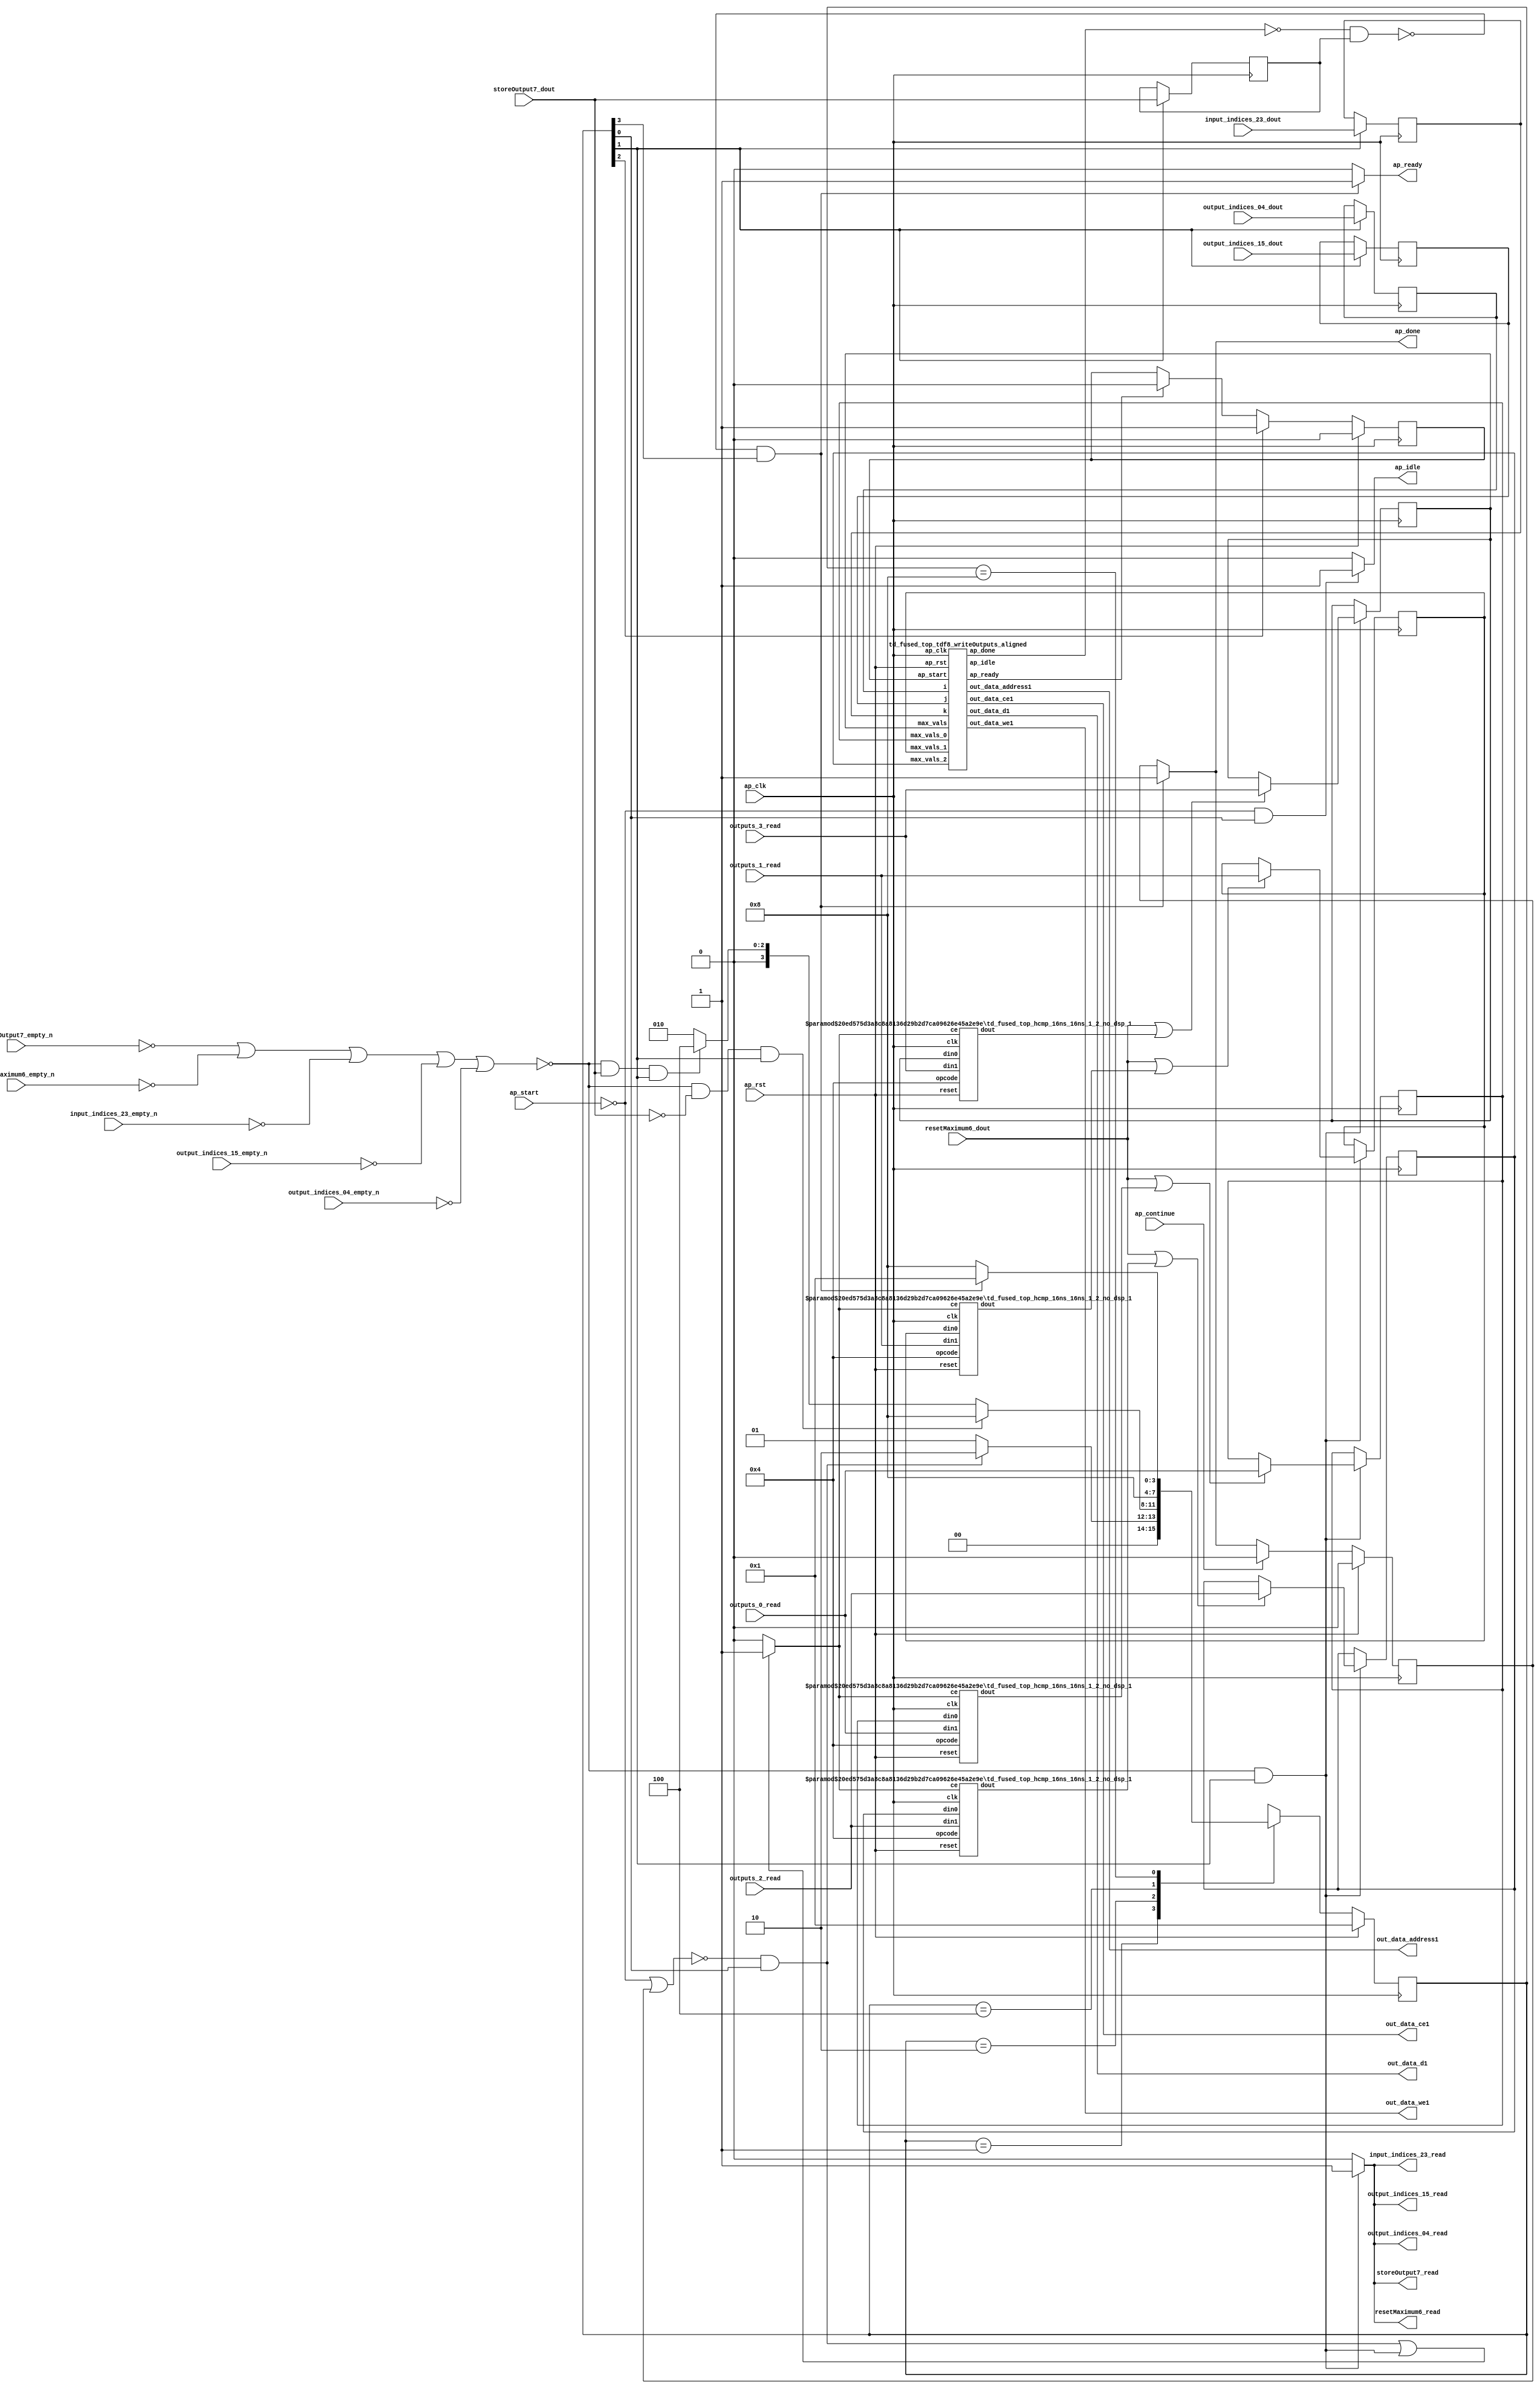
`define EXPONENT 5
`define MANTISSA 10
`define ACTUAL_MANTISSA 11
`define EXPONENT_LSB 10
`define EXPONENT_MSB 14
`define MANTISSA_LSB 0
`define MANTISSA_MSB 9
`define MANTISSA_MUL_SPLIT_LSB 3
`define MANTISSA_MUL_SPLIT_MSB 9
`define SIGN 1
`define SIGN_LOC 15
`define DWIDTH (`SIGN+`EXPONENT+`MANTISSA)
`define IEEE_COMPLIANCE 1

module td_fused_top_tdf8_poolOutputs (
        ap_clk,
        ap_rst,
        ap_start,
        ap_done,
        ap_continue,
        ap_idle,
        ap_ready,
        output_indices_04_dout,
        output_indices_04_empty_n,
        output_indices_04_read,
        output_indices_15_dout,
        output_indices_15_empty_n,
        output_indices_15_read,
        input_indices_23_dout,
        input_indices_23_empty_n,
        input_indices_23_read,
        resetMaximum6_dout,
        resetMaximum6_empty_n,
        resetMaximum6_read,
        storeOutput7_dout,
        storeOutput7_empty_n,
        storeOutput7_read,
        outputs_0_read,
        outputs_1_read,
        outputs_2_read,
        outputs_3_read,
        out_data_address1,
        out_data_ce1,
        out_data_we1,
        out_data_d1
);

parameter    ap_ST_fsm_state1 = 4'd1;
parameter    ap_ST_fsm_state2 = 4'd2;
parameter    ap_ST_fsm_state3 = 4'd4;
parameter    ap_ST_fsm_state4 = 4'd8;

input   ap_clk;
input   ap_rst;
input   ap_start;
output   ap_done;
input   ap_continue;
output   ap_idle;
output   ap_ready;
input  [3:0] output_indices_04_dout;
input   output_indices_04_empty_n;
output   output_indices_04_read;
input  [7:0] output_indices_15_dout;
input   output_indices_15_empty_n;
output   output_indices_15_read;
input  [7:0] input_indices_23_dout;
input   input_indices_23_empty_n;
output   input_indices_23_read;
input  [0:0] resetMaximum6_dout;
input   resetMaximum6_empty_n;
output   resetMaximum6_read;
input  [0:0] storeOutput7_dout;
input   storeOutput7_empty_n;
output   storeOutput7_read;
input  [15:0] outputs_0_read;
input  [15:0] outputs_1_read;
input  [15:0] outputs_2_read;
input  [15:0] outputs_3_read;
output  [13:0] out_data_address1;
output   out_data_ce1;
output   out_data_we1;
output  [63:0] out_data_d1;

reg ap_done;
reg ap_idle;
reg ap_ready;
reg output_indices_04_read;
reg output_indices_15_read;
reg input_indices_23_read;
reg resetMaximum6_read;
reg storeOutput7_read;

reg    ap_done_reg;
  reg   [3:0] ap_CS_fsm;
wire    ap_CS_fsm_state1;
reg   [15:0] max_vals_0;
reg   [15:0] max_vals_1;
reg   [15:0] max_vals_2;
reg   [15:0] max_vals;
reg    output_indices_04_blk_n;
wire    ap_CS_fsm_state2;
reg    output_indices_15_blk_n;
reg    input_indices_23_blk_n;
reg    resetMaximum6_blk_n;
reg    storeOutput7_blk_n;
reg   [3:0] output_indices_04_read_reg_279;
reg   [7:0] output_indices_15_read_reg_284;
reg   [7:0] input_indices_23_read_reg_289;
wire   [0:0] storeOutput7_read_read_fu_108_p2;
reg   [0:0] storeOutput7_read_reg_294;
wire    grp_tdf8_writeOutputs_aligned_fu_114_ap_start;
wire    grp_tdf8_writeOutputs_aligned_fu_114_ap_done;
wire    grp_tdf8_writeOutputs_aligned_fu_114_ap_idle;
wire    grp_tdf8_writeOutputs_aligned_fu_114_ap_ready;
wire   [13:0] grp_tdf8_writeOutputs_aligned_fu_114_out_data_address1;
wire    grp_tdf8_writeOutputs_aligned_fu_114_out_data_ce1;
wire    grp_tdf8_writeOutputs_aligned_fu_114_out_data_we1;
wire   [63:0] grp_tdf8_writeOutputs_aligned_fu_114_out_data_d1;
reg    grp_tdf8_writeOutputs_aligned_fu_114_ap_start_reg;
wire    ap_CS_fsm_state3;
wire    ap_CS_fsm_state4;
wire   [15:0] select_ln24_fu_177_p3;
reg    ap_block_state2;
wire   [15:0] select_ln24_1_fu_195_p3;
wire   [15:0] select_ln24_2_fu_213_p3;
wire   [15:0] select_ln24_3_fu_231_p3;
reg    ap_block_state1;
wire   [0:0] grp_fu_131_p2;
wire   [0:0] or_ln24_fu_171_p2;
wire   [0:0] grp_fu_136_p2;
wire   [0:0] or_ln24_1_fu_189_p2;
wire   [0:0] grp_fu_141_p2;
wire   [0:0] or_ln24_2_fu_207_p2;
wire   [0:0] grp_fu_146_p2;
wire   [0:0] or_ln24_3_fu_225_p2;
reg    grp_fu_131_ce;
reg    grp_fu_136_ce;
reg    grp_fu_141_ce;
reg    grp_fu_146_ce;
reg    ap_block_state4_on_subcall_done;
reg   [3:0] ap_NS_fsm;
wire    ap_ce_reg;

// power-on initialization
initial begin
#0 ap_done_reg = 1'b0;
#0 ap_CS_fsm = 4'd1;
#0 max_vals_0 = 16'd0;
#0 max_vals_1 = 16'd0;
#0 max_vals_2 = 16'd0;
#0 max_vals = 16'd0;
#0 grp_tdf8_writeOutputs_aligned_fu_114_ap_start_reg = 1'b0;
end

td_fused_top_tdf8_writeOutputs_aligned grp_tdf8_writeOutputs_aligned_fu_114(
    .ap_clk(ap_clk),
    .ap_rst(ap_rst),
    .ap_start(grp_tdf8_writeOutputs_aligned_fu_114_ap_start),
    .ap_done(grp_tdf8_writeOutputs_aligned_fu_114_ap_done),
    .ap_idle(grp_tdf8_writeOutputs_aligned_fu_114_ap_idle),
    .ap_ready(grp_tdf8_writeOutputs_aligned_fu_114_ap_ready),
    .i(output_indices_04_read_reg_279),
    .j(output_indices_15_read_reg_284),
    .k(input_indices_23_read_reg_289),
    .out_data_address1(grp_tdf8_writeOutputs_aligned_fu_114_out_data_address1),
    .out_data_ce1(grp_tdf8_writeOutputs_aligned_fu_114_out_data_ce1),
    .out_data_we1(grp_tdf8_writeOutputs_aligned_fu_114_out_data_we1),
    .out_data_d1(grp_tdf8_writeOutputs_aligned_fu_114_out_data_d1),
    .max_vals_0(max_vals_0),
    .max_vals_1(max_vals_1),
    .max_vals_2(max_vals_2),
    .max_vals(max_vals)
);

td_fused_top_hcmp_16ns_16ns_1_2_no_dsp_1 #(
    .ID( 1 ),
    .NUM_STAGE( 2 ),
    .din0_WIDTH( 16 ),
    .din1_WIDTH( 16 ),
    .dout_WIDTH( 1 ))
hcmp_16ns_16ns_1_2_no_dsp_1_U1266(
    .clk(ap_clk),
    .reset(ap_rst),
    .ce(grp_fu_131_ce),
    .din0(max_vals_0),
    .din1(outputs_0_read),
    .opcode(5'd4),
    .dout(grp_fu_131_p2)
);

td_fused_top_hcmp_16ns_16ns_1_2_no_dsp_1 #(
    .ID( 1 ),
    .NUM_STAGE( 2 ),
    .din0_WIDTH( 16 ),
    .din1_WIDTH( 16 ),
    .dout_WIDTH( 1 ))
hcmp_16ns_16ns_1_2_no_dsp_1_U1267(
    .clk(ap_clk),
    .reset(ap_rst),
    .ce(grp_fu_136_ce),
    .din0(max_vals_1),
    .din1(outputs_1_read),
    .opcode(5'd4),
    .dout(grp_fu_136_p2)
);

td_fused_top_hcmp_16ns_16ns_1_2_no_dsp_1 #(
    .ID( 1 ),
    .NUM_STAGE( 2 ),
    .din0_WIDTH( 16 ),
    .din1_WIDTH( 16 ),
    .dout_WIDTH( 1 ))
hcmp_16ns_16ns_1_2_no_dsp_1_U1268(
    .clk(ap_clk),
    .reset(ap_rst),
    .ce(grp_fu_141_ce),
    .din0(max_vals_2),
    .din1(outputs_2_read),
    .opcode(5'd4),
    .dout(grp_fu_141_p2)
);

td_fused_top_hcmp_16ns_16ns_1_2_no_dsp_1 #(
    .ID( 1 ),
    .NUM_STAGE( 2 ),
    .din0_WIDTH( 16 ),
    .din1_WIDTH( 16 ),
    .dout_WIDTH( 1 ))
hcmp_16ns_16ns_1_2_no_dsp_1_U1269(
    .clk(ap_clk),
    .reset(ap_rst),
    .ce(grp_fu_146_ce),
    .din0(max_vals),
    .din1(outputs_3_read),
    .opcode(5'd4),
    .dout(grp_fu_146_p2)
);

always @ (posedge ap_clk) begin
    if (ap_rst == 1'b1) begin
        ap_CS_fsm <= ap_ST_fsm_state1;
    end else begin
        ap_CS_fsm <= ap_NS_fsm;
    end
end

always @ (posedge ap_clk) begin
    if (ap_rst == 1'b1) begin
        ap_done_reg <= 1'b0;
    end else begin
        if ((ap_continue == 1'b1)) begin
            ap_done_reg <= 1'b0;
        end else if (((1'b0 == ap_block_state4_on_subcall_done) & (1'b1 == ap_CS_fsm_state4))) begin
            ap_done_reg <= 1'b1;
        end
    end
end

always @ (posedge ap_clk) begin
    if (ap_rst == 1'b1) begin
        grp_tdf8_writeOutputs_aligned_fu_114_ap_start_reg <= 1'b0;
    end else begin
        if ((1'b1 == ap_CS_fsm_state3)) begin
            grp_tdf8_writeOutputs_aligned_fu_114_ap_start_reg <= 1'b1;
        end else if ((grp_tdf8_writeOutputs_aligned_fu_114_ap_ready == 1'b1)) begin
            grp_tdf8_writeOutputs_aligned_fu_114_ap_start_reg <= 1'b0;
        end
    end
end

always @ (posedge ap_clk) begin
    if ((1'b1 == ap_CS_fsm_state2)) begin
        input_indices_23_read_reg_289 <= input_indices_23_dout;
        output_indices_04_read_reg_279 <= output_indices_04_dout;
        output_indices_15_read_reg_284 <= output_indices_15_dout;
        storeOutput7_read_reg_294 <= storeOutput7_dout;
    end
end

always @ (posedge ap_clk) begin
    if ((~((storeOutput7_empty_n == 1'b0) | (resetMaximum6_empty_n == 1'b0) | (input_indices_23_empty_n == 1'b0) | (output_indices_15_empty_n == 1'b0) | (output_indices_04_empty_n == 1'b0)) & (1'b1 == ap_CS_fsm_state2))) begin
        max_vals <= select_ln24_3_fu_231_p3;
        max_vals_0 <= select_ln24_fu_177_p3;
        max_vals_1 <= select_ln24_1_fu_195_p3;
        max_vals_2 <= select_ln24_2_fu_213_p3;
    end
end

always @ (*) begin
    if (((1'b0 == ap_block_state4_on_subcall_done) & (1'b1 == ap_CS_fsm_state4))) begin
        ap_done = 1'b1;
    end else begin
        ap_done = ap_done_reg;
    end
end

always @ (*) begin
    if (((ap_start == 1'b0) & (1'b1 == ap_CS_fsm_state1))) begin
        ap_idle = 1'b1;
    end else begin
        ap_idle = 1'b0;
    end
end

always @ (*) begin
    if (((1'b0 == ap_block_state4_on_subcall_done) & (1'b1 == ap_CS_fsm_state4))) begin
        ap_ready = 1'b1;
    end else begin
        ap_ready = 1'b0;
    end
end

always @ (*) begin
    if (((~((ap_start == 1'b0) | (ap_done_reg == 1'b1)) & (1'b1 == ap_CS_fsm_state1)) | (~((storeOutput7_empty_n == 1'b0) | (resetMaximum6_empty_n == 1'b0) | (input_indices_23_empty_n == 1'b0) | (output_indices_15_empty_n == 1'b0) | (output_indices_04_empty_n == 1'b0)) & (1'b1 == ap_CS_fsm_state2)))) begin
        grp_fu_131_ce = 1'b1;
    end else begin
        grp_fu_131_ce = 1'b0;
    end
end

always @ (*) begin
    if (((~((ap_start == 1'b0) | (ap_done_reg == 1'b1)) & (1'b1 == ap_CS_fsm_state1)) | (~((storeOutput7_empty_n == 1'b0) | (resetMaximum6_empty_n == 1'b0) | (input_indices_23_empty_n == 1'b0) | (output_indices_15_empty_n == 1'b0) | (output_indices_04_empty_n == 1'b0)) & (1'b1 == ap_CS_fsm_state2)))) begin
        grp_fu_136_ce = 1'b1;
    end else begin
        grp_fu_136_ce = 1'b0;
    end
end

always @ (*) begin
    if (((~((ap_start == 1'b0) | (ap_done_reg == 1'b1)) & (1'b1 == ap_CS_fsm_state1)) | (~((storeOutput7_empty_n == 1'b0) | (resetMaximum6_empty_n == 1'b0) | (input_indices_23_empty_n == 1'b0) | (output_indices_15_empty_n == 1'b0) | (output_indices_04_empty_n == 1'b0)) & (1'b1 == ap_CS_fsm_state2)))) begin
        grp_fu_141_ce = 1'b1;
    end else begin
        grp_fu_141_ce = 1'b0;
    end
end

always @ (*) begin
    if (((~((ap_start == 1'b0) | (ap_done_reg == 1'b1)) & (1'b1 == ap_CS_fsm_state1)) | (~((storeOutput7_empty_n == 1'b0) | (resetMaximum6_empty_n == 1'b0) | (input_indices_23_empty_n == 1'b0) | (output_indices_15_empty_n == 1'b0) | (output_indices_04_empty_n == 1'b0)) & (1'b1 == ap_CS_fsm_state2)))) begin
        grp_fu_146_ce = 1'b1;
    end else begin
        grp_fu_146_ce = 1'b0;
    end
end

always @ (*) begin
    if ((1'b1 == ap_CS_fsm_state2)) begin
        input_indices_23_blk_n = input_indices_23_empty_n;
    end else begin
        input_indices_23_blk_n = 1'b1;
    end
end

always @ (*) begin
    if ((~((storeOutput7_empty_n == 1'b0) | (resetMaximum6_empty_n == 1'b0) | (input_indices_23_empty_n == 1'b0) | (output_indices_15_empty_n == 1'b0) | (output_indices_04_empty_n == 1'b0)) & (1'b1 == ap_CS_fsm_state2))) begin
        input_indices_23_read = 1'b1;
    end else begin
        input_indices_23_read = 1'b0;
    end
end

always @ (*) begin
    if ((1'b1 == ap_CS_fsm_state2)) begin
        output_indices_04_blk_n = output_indices_04_empty_n;
    end else begin
        output_indices_04_blk_n = 1'b1;
    end
end

always @ (*) begin
    if ((~((storeOutput7_empty_n == 1'b0) | (resetMaximum6_empty_n == 1'b0) | (input_indices_23_empty_n == 1'b0) | (output_indices_15_empty_n == 1'b0) | (output_indices_04_empty_n == 1'b0)) & (1'b1 == ap_CS_fsm_state2))) begin
        output_indices_04_read = 1'b1;
    end else begin
        output_indices_04_read = 1'b0;
    end
end

always @ (*) begin
    if ((1'b1 == ap_CS_fsm_state2)) begin
        output_indices_15_blk_n = output_indices_15_empty_n;
    end else begin
        output_indices_15_blk_n = 1'b1;
    end
end

always @ (*) begin
    if ((~((storeOutput7_empty_n == 1'b0) | (resetMaximum6_empty_n == 1'b0) | (input_indices_23_empty_n == 1'b0) | (output_indices_15_empty_n == 1'b0) | (output_indices_04_empty_n == 1'b0)) & (1'b1 == ap_CS_fsm_state2))) begin
        output_indices_15_read = 1'b1;
    end else begin
        output_indices_15_read = 1'b0;
    end
end

always @ (*) begin
    if ((1'b1 == ap_CS_fsm_state2)) begin
        resetMaximum6_blk_n = resetMaximum6_empty_n;
    end else begin
        resetMaximum6_blk_n = 1'b1;
    end
end

always @ (*) begin
    if ((~((storeOutput7_empty_n == 1'b0) | (resetMaximum6_empty_n == 1'b0) | (input_indices_23_empty_n == 1'b0) | (output_indices_15_empty_n == 1'b0) | (output_indices_04_empty_n == 1'b0)) & (1'b1 == ap_CS_fsm_state2))) begin
        resetMaximum6_read = 1'b1;
    end else begin
        resetMaximum6_read = 1'b0;
    end
end

always @ (*) begin
    if ((1'b1 == ap_CS_fsm_state2)) begin
        storeOutput7_blk_n = storeOutput7_empty_n;
    end else begin
        storeOutput7_blk_n = 1'b1;
    end
end

always @ (*) begin
    if ((~((storeOutput7_empty_n == 1'b0) | (resetMaximum6_empty_n == 1'b0) | (input_indices_23_empty_n == 1'b0) | (output_indices_15_empty_n == 1'b0) | (output_indices_04_empty_n == 1'b0)) & (1'b1 == ap_CS_fsm_state2))) begin
        storeOutput7_read = 1'b1;
    end else begin
        storeOutput7_read = 1'b0;
    end
end

always @ (*) begin
    case (ap_CS_fsm)
        ap_ST_fsm_state1 : begin
            if ((~((ap_start == 1'b0) | (ap_done_reg == 1'b1)) & (1'b1 == ap_CS_fsm_state1))) begin
                ap_NS_fsm = ap_ST_fsm_state2;
            end else begin
                ap_NS_fsm = ap_ST_fsm_state1;
            end
        end
        ap_ST_fsm_state2 : begin
            if ((~((storeOutput7_empty_n == 1'b0) | (resetMaximum6_empty_n == 1'b0) | (input_indices_23_empty_n == 1'b0) | (output_indices_15_empty_n == 1'b0) | (output_indices_04_empty_n == 1'b0)) & (storeOutput7_read_read_fu_108_p2 == 1'd0) & (1'b1 == ap_CS_fsm_state2))) begin
                ap_NS_fsm = ap_ST_fsm_state4;
            end else if ((~((storeOutput7_empty_n == 1'b0) | (resetMaximum6_empty_n == 1'b0) | (input_indices_23_empty_n == 1'b0) | (output_indices_15_empty_n == 1'b0) | (output_indices_04_empty_n == 1'b0)) & (storeOutput7_read_read_fu_108_p2 == 1'd1) & (1'b1 == ap_CS_fsm_state2))) begin
                ap_NS_fsm = ap_ST_fsm_state3;
            end else begin
                ap_NS_fsm = ap_ST_fsm_state2;
            end
        end
        ap_ST_fsm_state3 : begin
            ap_NS_fsm = ap_ST_fsm_state4;
        end
        ap_ST_fsm_state4 : begin
            if (((1'b0 == ap_block_state4_on_subcall_done) & (1'b1 == ap_CS_fsm_state4))) begin
                ap_NS_fsm = ap_ST_fsm_state1;
            end else begin
                ap_NS_fsm = ap_ST_fsm_state4;
            end
        end
        default : begin
            ap_NS_fsm = 'bx;
        end
    endcase
end

assign ap_CS_fsm_state1 = ap_CS_fsm[32'd0];

assign ap_CS_fsm_state2 = ap_CS_fsm[32'd1];

assign ap_CS_fsm_state3 = ap_CS_fsm[32'd2];

assign ap_CS_fsm_state4 = ap_CS_fsm[32'd3];

always @ (*) begin
    ap_block_state1 = ((ap_start == 1'b0) | (ap_done_reg == 1'b1));
end

always @ (*) begin
    ap_block_state2 = ((storeOutput7_empty_n == 1'b0) | (resetMaximum6_empty_n == 1'b0) | (input_indices_23_empty_n == 1'b0) | (output_indices_15_empty_n == 1'b0) | (output_indices_04_empty_n == 1'b0));
end

always @ (*) begin
    ap_block_state4_on_subcall_done = ((grp_tdf8_writeOutputs_aligned_fu_114_ap_done == 1'b0) & (storeOutput7_read_reg_294 == 1'd1));
end

assign grp_tdf8_writeOutputs_aligned_fu_114_ap_start = grp_tdf8_writeOutputs_aligned_fu_114_ap_start_reg;

assign or_ln24_1_fu_189_p2 = (resetMaximum6_dout | grp_fu_136_p2);

assign or_ln24_2_fu_207_p2 = (resetMaximum6_dout | grp_fu_141_p2);

assign or_ln24_3_fu_225_p2 = (resetMaximum6_dout | grp_fu_146_p2);

assign or_ln24_fu_171_p2 = (resetMaximum6_dout | grp_fu_131_p2);

assign out_data_address1 = grp_tdf8_writeOutputs_aligned_fu_114_out_data_address1;

assign out_data_ce1 = grp_tdf8_writeOutputs_aligned_fu_114_out_data_ce1;

assign out_data_d1 = grp_tdf8_writeOutputs_aligned_fu_114_out_data_d1;

assign out_data_we1 = grp_tdf8_writeOutputs_aligned_fu_114_out_data_we1;

assign select_ln24_1_fu_195_p3 = ((or_ln24_1_fu_189_p2[0:0] == 1'b1) ? outputs_1_read : max_vals_1);

assign select_ln24_2_fu_213_p3 = ((or_ln24_2_fu_207_p2[0:0] == 1'b1) ? outputs_2_read : max_vals_2);

assign select_ln24_3_fu_231_p3 = ((or_ln24_3_fu_225_p2[0:0] == 1'b1) ? outputs_3_read : max_vals);

assign select_ln24_fu_177_p3 = ((or_ln24_fu_171_p2[0:0] == 1'b1) ? outputs_0_read : max_vals_0);

assign storeOutput7_read_read_fu_108_p2 = storeOutput7_dout;

endmodule //td_fused_top_tdf8_poolOutputs
module td_fused_top_hcmp_16ns_16ns_1_2_no_dsp_1
#(parameter
    ID         = 137,
    NUM_STAGE  = 2,
    din0_WIDTH = 16,
    din1_WIDTH = 16,
    dout_WIDTH = 1
)(
    input  wire                  clk,
    input  wire                  reset,
    input  wire                  ce,
    input  wire [din0_WIDTH-1:0] din0,
    input  wire [din1_WIDTH-1:0] din1,
    input  wire [4:0]            opcode,
    output wire [dout_WIDTH-1:0] dout
);
//------------------------Parameter----------------------
// AutoESL opcode
localparam [4:0]
    AP_OEQ = 5'b00001,
    AP_OGT = 5'b00010,
    AP_OGE = 5'b00011,
    AP_OLT = 5'b00100,
    AP_OLE = 5'b00101,
    AP_ONE = 5'b00110,
    AP_UNO = 5'b01000;
// FPV6 opcode
localparam [7:0]
    OP_EQ = 8'b00010100,
    OP_GT = 8'b00100100,
    OP_GE = 8'b00110100,
    OP_LT = 8'b00001100,
    OP_LE = 8'b00011100,
    OP_NE = 8'b00101100,
    OP_UO = 8'b00000100;
//------------------------Local signal-------------------
wire                  a_tvalid;
wire [15:0]           a_tdata;
wire                  b_tvalid;
wire [15:0]           b_tdata;
wire                  op_tvalid;
reg  [7:0]            op_tdata;
wire                  r_tvalid;
wire [7:0]            r_tdata;
reg  [din0_WIDTH-1:0] din0_buf1;
reg  [din1_WIDTH-1:0] din1_buf1;
reg  [4:0]            opcode_buf1;
reg                   ce_r;
wire [dout_WIDTH-1:0] dout_i;
reg  [dout_WIDTH-1:0] dout_r;
//------------------------Instantiation------------------
td_fused_top_ap_hcmp_0_no_dsp_16 td_fused_top_ap_hcmp_0_no_dsp_16_u (
    .s_axis_a_tvalid         ( a_tvalid ),
    .s_axis_a_tdata          ( a_tdata ),
    .s_axis_b_tvalid         ( b_tvalid ),
    .s_axis_b_tdata          ( b_tdata ),
    .s_axis_operation_tvalid ( op_tvalid ),
    .s_axis_operation_tdata  ( op_tdata ),
    .m_axis_result_tvalid    ( r_tvalid ),
    .m_axis_result_tdata     ( r_tdata )
);
//------------------------Body---------------------------
assign a_tvalid  = 1'b1;
assign a_tdata   = din0_buf1;
assign b_tvalid  = 1'b1;
assign b_tdata   = din1_buf1;
assign op_tvalid = 1'b1;
assign dout_i    = r_tdata[0];

always @(*) begin
    case (opcode_buf1)
        AP_OEQ  : op_tdata = OP_EQ;
        AP_OGT  : op_tdata = OP_GT;
        AP_OGE  : op_tdata = OP_GE;
        AP_OLT  : op_tdata = OP_LT;
        AP_OLE  : op_tdata = OP_LE;
        AP_ONE  : op_tdata = OP_NE;
        AP_UNO  : op_tdata = OP_UO;
        default : op_tdata = OP_EQ;
    endcase
end

always @(posedge clk) begin
    if (ce) begin
        din0_buf1   <= din0;
        din1_buf1   <= din1;
        opcode_buf1 <= opcode;
    end
end

always @ (posedge clk) begin
    ce_r <= ce;
end

always @ (posedge clk) begin
    if (ce_r) begin
        dout_r <= dout_i;
    end
end

assign dout = ce_r?dout_i:dout_r;
endmodule
module td_fused_top_ap_hcmp_0_no_dsp_16 (
   input  wire        s_axis_a_tvalid,
   input  wire [15:0] s_axis_a_tdata,
   input  wire        s_axis_b_tvalid,
   input  wire [15:0] s_axis_b_tdata,
   input  wire        s_axis_operation_tvalid,
   input  wire [7:0]  s_axis_operation_tdata,
   output wire        m_axis_result_tvalid,
   output wire [7:0]  m_axis_result_tdata
);
   // TEMP - compare module not yet ready
   // In the meantime, negate operand B, add them
   // together, and return the sign bit of the result.
   wire [15:0] b_negative;
   wire [15:0] result;
   assign b_negative = {~s_axis_b_tdata[15], s_axis_b_tdata[14:0]};

`ifdef complex_dsp
   adder_fp u_add_fp (
      .a(s_axis_a_tdata), 
      .b(b_negative), 
      .out(result)
   );
`else
FPAddSub u_FPAddSub_2 (.clk(), .rst(1'b0), .a(s_axis_a_tdata), .b(b_negative), .operation(1'b0), .result(result), .flags());
`endif

   assign m_axis_result_tdata = {7'b0, result[15]};
endmodule
module td_fused_top_tdf8_writeOutputs_aligned (
        ap_clk,
        ap_rst,
        ap_start,
        ap_done,
        ap_idle,
        ap_ready,
        i,
        j,
        k,
        out_data_address1,
        out_data_ce1,
        out_data_we1,
        out_data_d1,
        max_vals_0,
        max_vals_1,
        max_vals_2,
        max_vals
);

parameter    ap_ST_fsm_state1 = 2'd1;
parameter    ap_ST_fsm_state2 = 2'd2;

input   ap_clk;
input   ap_rst;
input   ap_start;
output   ap_done;
output   ap_idle;
output   ap_ready;
input  [3:0] i;
input  [7:0] j;
input  [7:0] k;
output  [13:0] out_data_address1;
output   out_data_ce1;
output   out_data_we1;
output  [63:0] out_data_d1;
input  [15:0] max_vals_0;
input  [15:0] max_vals_1;
input  [15:0] max_vals_2;
input  [15:0] max_vals;

reg ap_done;
reg ap_idle;
reg ap_ready;
reg out_data_ce1;
reg out_data_we1;

  reg   [1:0] ap_CS_fsm;
wire    ap_CS_fsm_state1;
wire   [7:0] add_ln123_fu_105_p2;
reg   [7:0] add_ln123_reg_178;
wire   [63:0] zext_ln123_2_fu_132_p1;
wire    ap_CS_fsm_state2;
wire   [4:0] tmp_8_fu_87_p3;
wire   [7:0] tmp_fu_79_p3;
wire   [7:0] zext_ln123_fu_95_p1;
wire   [7:0] sub_ln123_fu_99_p2;
wire   [13:0] tmp_10_cast_fu_111_p3;
wire   [13:0] zext_ln123_1_fu_122_p1;
wire   [13:0] add_ln123_1_fu_126_p2;
wire   [15:0] bitcast_ln123_3_fu_161_p1;
wire   [15:0] bitcast_ln123_2_fu_153_p1;
wire   [15:0] bitcast_ln123_1_fu_145_p1;
wire   [15:0] bitcast_ln123_fu_137_p1;
reg   [1:0] ap_NS_fsm;
wire    ap_ce_reg;

// power-on initialization
initial begin
#0 ap_CS_fsm = 2'd1;
end

always @ (posedge ap_clk) begin
    if (ap_rst == 1'b1) begin
        ap_CS_fsm <= ap_ST_fsm_state1;
    end else begin
        ap_CS_fsm <= ap_NS_fsm;
    end
end

always @ (posedge ap_clk) begin
    if ((1'b1 == ap_CS_fsm_state1)) begin
        add_ln123_reg_178 <= add_ln123_fu_105_p2;
    end
end

always @ (*) begin
    if (((1'b1 == ap_CS_fsm_state2) | ((ap_start == 1'b0) & (1'b1 == ap_CS_fsm_state1)))) begin
        ap_done = 1'b1;
    end else begin
        ap_done = 1'b0;
    end
end

always @ (*) begin
    if (((ap_start == 1'b0) & (1'b1 == ap_CS_fsm_state1))) begin
        ap_idle = 1'b1;
    end else begin
        ap_idle = 1'b0;
    end
end

always @ (*) begin
    if ((1'b1 == ap_CS_fsm_state2)) begin
        ap_ready = 1'b1;
    end else begin
        ap_ready = 1'b0;
    end
end

always @ (*) begin
    if ((1'b1 == ap_CS_fsm_state2)) begin
        out_data_ce1 = 1'b1;
    end else begin
        out_data_ce1 = 1'b0;
    end
end

always @ (*) begin
    if ((1'b1 == ap_CS_fsm_state2)) begin
        out_data_we1 = 1'b1;
    end else begin
        out_data_we1 = 1'b0;
    end
end

always @ (*) begin
    case (ap_CS_fsm)
        ap_ST_fsm_state1 : begin
            if (((ap_start == 1'b1) & (1'b1 == ap_CS_fsm_state1))) begin
                ap_NS_fsm = ap_ST_fsm_state2;
            end else begin
                ap_NS_fsm = ap_ST_fsm_state1;
            end
        end
        ap_ST_fsm_state2 : begin
            ap_NS_fsm = ap_ST_fsm_state1;
        end
        default : begin
            ap_NS_fsm = 'bx;
        end
    endcase
end

assign add_ln123_1_fu_126_p2 = (tmp_10_cast_fu_111_p3 + zext_ln123_1_fu_122_p1);

assign add_ln123_fu_105_p2 = (sub_ln123_fu_99_p2 + j);

assign ap_CS_fsm_state1 = ap_CS_fsm[32'd0];

assign ap_CS_fsm_state2 = ap_CS_fsm[32'd1];

assign bitcast_ln123_1_fu_145_p1 = max_vals_1;

assign bitcast_ln123_2_fu_153_p1 = max_vals_2;

assign bitcast_ln123_3_fu_161_p1 = max_vals;

assign bitcast_ln123_fu_137_p1 = max_vals_0;

assign out_data_address1 = zext_ln123_2_fu_132_p1;

assign out_data_d1 = {{{{bitcast_ln123_3_fu_161_p1}, {bitcast_ln123_2_fu_153_p1}}, {bitcast_ln123_1_fu_145_p1}}, {bitcast_ln123_fu_137_p1}};

assign sub_ln123_fu_99_p2 = (tmp_fu_79_p3 - zext_ln123_fu_95_p1);

assign tmp_10_cast_fu_111_p3 = {{add_ln123_reg_178}, {6'd0}};

assign tmp_8_fu_87_p3 = {{i}, {1'd0}};

assign tmp_fu_79_p3 = {{i}, {4'd0}};

assign zext_ln123_1_fu_122_p1 = k;

assign zext_ln123_2_fu_132_p1 = add_ln123_1_fu_126_p2;

assign zext_ln123_fu_95_p1 = tmp_8_fu_87_p3;

endmodule //td_fused_top_tdf8_writeOutputs_aligned

module FPAddSub(
		clk,
		rst,
		a,
		b,
		operation,			// 0 add, 1 sub
		result,
		flags
	);
	
	// Clock and reset
	input clk ;										// Clock signal
	input rst ;										// Reset (active high, resets pipeline registers)
	
	// Input ports
	input [`DWIDTH-1:0] a ;								// Input A, a 32-bit floating point number
	input [`DWIDTH-1:0] b ;								// Input B, a 32-bit floating point number
	input operation ;								// Operation select signal
	
	// Output ports
	output [`DWIDTH-1:0] result ;						// Result of the operation
	output [4:0] flags ;							// Flags indicating exceptions according to IEEE754
	
	// Pipeline Registers
	//reg [79:0] pipe_1;							// Pipeline register PreAlign->Align1
	reg [`DWIDTH*2+15:0] pipe_1;							// Pipeline register PreAlign->Align1

	//reg [67:0] pipe_2;							// Pipeline register Align1->Align3
	reg [`MANTISSA*2+`EXPONENT+13:0] pipe_2;							// Pipeline register Align1->Align3

	//reg [76:0] pipe_3;	68						// Pipeline register Align1->Align3
	reg [`MANTISSA*2+`EXPONENT+14:0] pipe_3;							// Pipeline register Align1->Align3

	//reg [69:0] pipe_4;							// Pipeline register Align3->Execute
	reg [`MANTISSA*2+`EXPONENT+15:0] pipe_4;							// Pipeline register Align3->Execute

	//reg [51:0] pipe_5;							// Pipeline register Execute->Normalize
	reg [`DWIDTH+`EXPONENT+11:0] pipe_5;							// Pipeline register Execute->Normalize

	//reg [56:0] pipe_6;							// Pipeline register Nomalize->NormalizeShift1
	reg [`DWIDTH+`EXPONENT+16:0] pipe_6;							// Pipeline register Nomalize->NormalizeShift1

	//reg [56:0] pipe_7;							// Pipeline register NormalizeShift2->NormalizeShift3
	reg [`DWIDTH+`EXPONENT+16:0] pipe_7;							// Pipeline register NormalizeShift2->NormalizeShift3

	//reg [54:0] pipe_8;							// Pipeline register NormalizeShift3->Round
	reg [`EXPONENT*2+`MANTISSA+15:0] pipe_8;							// Pipeline register NormalizeShift3->Round

	//reg [40:0] pipe_9;							// Pipeline register NormalizeShift3->Round
	reg [`DWIDTH+8:0] pipe_9;							// Pipeline register NormalizeShift3->Round
	
	// Internal wires between modules
	wire [`DWIDTH-2:0] Aout_0 ;							// A - sign
	wire [`DWIDTH-2:0] Bout_0 ;							// B - sign
	wire Opout_0 ;									// A's sign
	wire Sa_0 ;										// A's sign
	wire Sb_0 ;										// B's sign
	wire MaxAB_1 ;									// Indicates the larger of A and B(0/A, 1/B)
	wire [`EXPONENT-1:0] CExp_1 ;							// Common Exponent
	wire [4:0] Shift_1 ;							// Number of steps to smaller mantissa shift right (align)
	wire [`MANTISSA-1:0] Mmax_1 ;							// Larger mantissa
	wire [4:0] InputExc_0 ;						// Input numbers are exceptions
	wire [9:0] ShiftDet_0 ;
	wire [`MANTISSA-1:0] MminS_1 ;						// Smaller mantissa after 0/16 shift
	wire [`MANTISSA:0] MminS_2 ;						// Smaller mantissa after 0/4/8/12 shift
	wire [`MANTISSA:0] Mmin_3 ;							// Smaller mantissa after 0/1/2/3 shift
	wire [`DWIDTH:0] Sum_4 ;
	wire PSgn_4 ;
	wire Opr_4 ;
	wire [4:0] Shift_5 ;							// Number of steps to shift sum left (normalize)
	wire [`DWIDTH:0] SumS_5 ;							// Sum after 0/16 shift
	wire [`DWIDTH:0] SumS_6 ;							// Sum after 0/16 shift
	wire [`DWIDTH:0] SumS_7 ;							// Sum after 0/16 shift
	wire [`MANTISSA-1:0] NormM_8 ;						// Normalized mantissa
	wire [`EXPONENT:0] NormE_8;							// Adjusted exponent
	wire ZeroSum_8 ;								// Zero flag
	wire NegE_8 ;									// Flag indicating negative exponent
	wire R_8 ;										// Round bit
	wire S_8 ;										// Final sticky bit
	wire FG_8 ;										// Final sticky bit
	wire [`DWIDTH-1:0] P_int ;
	wire EOF ;
	
	// Prepare the operands for alignment and check for exceptions
	FPAddSub_PrealignModule PrealignModule
	(	// Inputs
		a, b, operation,
		// Outputs
		Sa_0, Sb_0, ShiftDet_0[9:0], InputExc_0[4:0], Aout_0[`DWIDTH-2:0], Bout_0[`DWIDTH-2:0], Opout_0) ;
		
	// Prepare the operands for alignment and check for exceptions
	FPAddSub_AlignModule AlignModule
	(	// Inputs
		pipe_1[14+2*`DWIDTH:16+`DWIDTH], pipe_1[15+`DWIDTH:17], pipe_1[14:5],
		// Outputs
		CExp_1[`EXPONENT-1:0], MaxAB_1, Shift_1[4:0], MminS_1[`MANTISSA-1:0], Mmax_1[`MANTISSA-1:0]) ;	

	// Alignment Shift Stage 1
	FPAddSub_AlignShift1 AlignShift1
	(  // Inputs
		pipe_2[`MANTISSA-1:0], pipe_2[2*`MANTISSA+9:2*`MANTISSA+7],
		// Outputs
		MminS_2[`MANTISSA:0]) ;

	// Alignment Shift Stage 3 and compution of guard and sticky bits
	FPAddSub_AlignShift2 AlignShift2  
	(  // Inputs
		pipe_3[`MANTISSA:0], pipe_3[2*`MANTISSA+7:2*`MANTISSA+6],
		// Outputs
		Mmin_3[`MANTISSA:0]) ;
						
	// Perform mantissa addition
	FPAddSub_ExecutionModule ExecutionModule
	(  // Inputs
		pipe_4[`MANTISSA*2+5:`MANTISSA+6], pipe_4[`MANTISSA:0], pipe_4[`MANTISSA*2+`EXPONENT+13], pipe_4[`MANTISSA*2+`EXPONENT+12], pipe_4[`MANTISSA*2+`EXPONENT+11], pipe_4[`MANTISSA*2+`EXPONENT+14],
		// Outputs
		Sum_4[`DWIDTH:0], PSgn_4, Opr_4) ;
	
	// Prepare normalization of result
	FPAddSub_NormalizeModule NormalizeModule
	(  // Inputs
		pipe_5[`DWIDTH:0], 
		// Outputs
		SumS_5[`DWIDTH:0], Shift_5[4:0]) ;
					
	// Normalization Shift Stage 1
	FPAddSub_NormalizeShift1 NormalizeShift1
	(  // Inputs
		pipe_6[`DWIDTH:0], pipe_6[`DWIDTH+`EXPONENT+14:`DWIDTH+`EXPONENT+11],
		// Outputs
		SumS_7[`DWIDTH:0]) ;
		
	// Normalization Shift Stage 3 and final guard, sticky and round bits
	FPAddSub_NormalizeShift2 NormalizeShift2
	(  // Inputs
		pipe_7[`DWIDTH:0], pipe_7[`DWIDTH+`EXPONENT+5:`DWIDTH+6], pipe_7[`DWIDTH+`EXPONENT+15:`DWIDTH+`EXPONENT+11],
		// Outputs
		NormM_8[`MANTISSA-1:0], NormE_8[`EXPONENT:0], ZeroSum_8, NegE_8, R_8, S_8, FG_8) ;

	// Round and put result together
	FPAddSub_RoundModule RoundModule
	(  // Inputs
		 pipe_8[3], pipe_8[4+`EXPONENT:4], pipe_8[`EXPONENT+`MANTISSA+4:5+`EXPONENT], pipe_8[1], pipe_8[0], pipe_8[`EXPONENT*2+`MANTISSA+15], pipe_8[`EXPONENT*2+`MANTISSA+12], pipe_8[`EXPONENT*2+`MANTISSA+11], pipe_8[`EXPONENT*2+`MANTISSA+14], pipe_8[`EXPONENT*2+`MANTISSA+10], 
		// Outputs
		P_int[`DWIDTH-1:0], EOF) ;
	
	// Check for exceptions
	FPAddSub_ExceptionModule Exceptionmodule
	(  // Inputs
		pipe_9[8+`DWIDTH:9], pipe_9[8], pipe_9[7], pipe_9[6], pipe_9[5:1], pipe_9[0], 
		// Outputs
		result[`DWIDTH-1:0], flags[4:0]) ;			
	
	always @ (*) begin	
		if(rst) begin
			pipe_1 = 0;
			pipe_2 = 0;
			pipe_3 = 0;
			pipe_4 = 0;
			pipe_5 = 0;
			pipe_6 = 0;
			pipe_7 = 0;
			pipe_8 = 0;
			pipe_9 = 0;
		end 
		else begin
		
			pipe_1 = {Opout_0, Aout_0[`DWIDTH-2:0], Bout_0[`DWIDTH-2:0], Sa_0, Sb_0, ShiftDet_0[9:0], InputExc_0[4:0]} ;	
			// PIPE_2 :
			//[67] operation
			//[66] Sa_0
			//[65] Sb_0
			//[64] MaxAB_0
			//[63:56] CExp_0
			//[55:51] Shift_0
			//[50:28] Mmax_0
			//[27:23] InputExc_0
			//[22:0] MminS_1
			//
			pipe_2 = {pipe_1[`DWIDTH*2+15], pipe_1[16:15], MaxAB_1, CExp_1[`EXPONENT-1:0], Shift_1[4:0], Mmax_1[`MANTISSA-1:0], pipe_1[4:0], MminS_1[`MANTISSA-1:0]} ;	
			// PIPE_3 :
			//[68] operation
			//[67] Sa_0
			//[66] Sb_0
			//[65] MaxAB_0
			//[64:57] CExp_0
			//[56:52] Shift_0
			//[51:29] Mmax_0
			//[28:24] InputExc_0
			//[23:0] MminS_1
			//
			pipe_3 = {pipe_2[`MANTISSA*2+`EXPONENT+13:`MANTISSA], MminS_2[`MANTISSA:0]} ;	
			// PIPE_4 :
			//[68] operation
			//[67] Sa_0
			//[66] Sb_0
			//[65] MaxAB_0
			//[64:57] CExp_0
			//[56:52] Shift_0
			//[51:29] Mmax_0
			//[28:24] InputExc_0
			//[23:0] Mmin_3
			//					
			pipe_4 = {pipe_3[`MANTISSA*2+`EXPONENT+14:`MANTISSA+1], Mmin_3[`MANTISSA:0]} ;	
			// PIPE_5 :
			//[51] operation
			//[50] PSgn_4
			//[49] Opr_4
			//[48] Sa_0
			//[47] Sb_0
			//[46] MaxAB_0
			//[45:38] CExp_0
			//[37:33] InputExc_0
			//[32:0] Sum_4
			//					
			pipe_5 = {pipe_4[2*`MANTISSA+`EXPONENT+14], PSgn_4, Opr_4, pipe_4[2*`MANTISSA+`EXPONENT+13:2*`MANTISSA+11], pipe_4[`MANTISSA+5:`MANTISSA+1], Sum_4[`DWIDTH:0]} ;
			// PIPE_6 :
			//[56] operation
			//[55:51] Shift_5
			//[50] PSgn_4
			//[49] Opr_4
			//[48] Sa_0
			//[47] Sb_0
			//[46] MaxAB_0
			//[45:38] CExp_0
			//[37:33] InputExc_0
			//[32:0] Sum_4
			//					
			pipe_6 = {pipe_5[`EXPONENT+`EXPONENT+11], Shift_5[4:0], pipe_5[`DWIDTH+`EXPONENT+10:`DWIDTH+1], SumS_5[`DWIDTH:0]} ;	
			// pipe_7 :
			//[56] operation
			//[55:51] Shift_5
			//[50] PSgn_4
			//[49] Opr_4
			//[48] Sa_0
			//[47] Sb_0
			//[46] MaxAB_0
			//[45:38] CExp_0
			//[37:33] InputExc_0
			//[32:0] Sum_4
			//						
			pipe_7 = {pipe_6[`DWIDTH+`EXPONENT+16:`DWIDTH+1], SumS_7[`DWIDTH:0]} ;	
			// pipe_8:
			//[54] FG_8 
			//[53] operation
			//[52] PSgn_4
			//[51] Sa_0
			//[50] Sb_0
			//[49] MaxAB_0
			//[48:41] CExp_0
			//[40:36] InputExc_8
			//[35:13] NormM_8 
			//[12:4] NormE_8
			//[3] ZeroSum_8
			//[2] NegE_8
			//[1] R_8
			//[0] S_8
			//				
			pipe_8 = {FG_8, pipe_7[`DWIDTH+`EXPONENT+16], pipe_7[`DWIDTH+`EXPONENT+10], pipe_7[`DWIDTH+`EXPONENT+8:`DWIDTH+1], NormM_8[`MANTISSA-1:0], NormE_8[`EXPONENT:0], ZeroSum_8, NegE_8, R_8, S_8} ;	
			// pipe_9:
			//[40:9] P_int
			//[8] NegE_8
			//[7] R_8
			//[6] S_8
			//[5:1] InputExc_8
			//[0] EOF
			//				
			pipe_9 = {P_int[`DWIDTH-1:0], pipe_8[2], pipe_8[1], pipe_8[0], pipe_8[`EXPONENT+`MANTISSA+9:`EXPONENT+`MANTISSA+5], EOF} ;	
		end
	end		
	
endmodule
module FPAddSub_ExceptionModule(
		Z,
		NegE,
		R,
		S,
		InputExc,
		EOF,
		P,
		Flags
    );
	 
	// Input ports
	input [`DWIDTH-1:0] Z	;					// Final product
	input NegE ;						// Negative exponent?
	input R ;							// Round bit
	input S ;							// Sticky bit
	input [4:0] InputExc ;			// Exceptions in inputs A and B
	input EOF ;
	
	// Output ports
	output [`DWIDTH-1:0] P ;					// Final result
	output [4:0] Flags ;				// Exception flags
	
	// Internal signals
	wire Overflow ;					// Overflow flag
	wire Underflow ;					// Underflow flag
	wire DivideByZero ;				// Divide-by-Zero flag (always 0 in Add/Sub)
	wire Invalid ;						// Invalid inputs or result
	wire Inexact ;						// Result is inexact because of rounding
	
	// Exception flags
	
	// Result is too big to be represented
	assign Overflow = EOF | InputExc[1] | InputExc[0] ;
	
	// Result is too small to be represented
	assign Underflow = NegE & (R | S);
	
	// Infinite result computed exactly from finite operands
	assign DivideByZero = &(Z[`MANTISSA+`EXPONENT-1:`MANTISSA]) & ~|(Z[`MANTISSA+`EXPONENT-1:`MANTISSA]) & ~InputExc[1] & ~InputExc[0];
	
	// Invalid inputs or operation
	assign Invalid = |(InputExc[4:2]) ;
	
	// Inexact answer due to rounding, overflow or underflow
	assign Inexact = (R | S) | Overflow | Underflow;
	
	// Put pieces together to form final result
	assign P = Z ;
	
	// Collect exception flags	
	assign Flags = {Overflow, Underflow, DivideByZero, Invalid, Inexact} ; 	
	
endmodule
module FPAddSub_RoundModule(
		ZeroSum,
		NormE,
		NormM,
		R,
		S,
		G,
		Sa,
		Sb,
		Ctrl,
		MaxAB,
		Z,
		EOF
    );

	// Input ports
	input ZeroSum ;					// Sum is zero
	input [`EXPONENT:0] NormE ;				// Normalized exponent
	input [`MANTISSA-1:0] NormM ;				// Normalized mantissa
	input R ;							// Round bit
	input S ;							// Sticky bit
	input G ;
	input Sa ;							// A's sign bit
	input Sb ;							// B's sign bit
	input Ctrl ;						// Control bit (operation)
	input MaxAB ;
	
	// Output ports
	output [`DWIDTH-1:0] Z ;					// Final result
	output EOF ;
	
	// Internal signals
	wire [`MANTISSA:0] RoundUpM ;			// Rounded up sum with room for overflow
	wire [`MANTISSA-1:0] RoundM ;				// The final rounded sum
	wire [`EXPONENT:0] RoundE ;				// Rounded exponent (note extra bit due to poential overflow	)
	wire RoundUp ;						// Flag indicating that the sum should be rounded up
        wire FSgn;
	wire ExpAdd ;						// May have to add 1 to compensate for overflow 
	wire RoundOF ;						// Rounding overflow
	
	// The cases where we need to round upwards (= adding one) in Round to nearest, tie to even
	assign RoundUp = (G & ((R | S) | NormM[0])) ;
	
	// Note that in the other cases (rounding down), the sum is already 'rounded'
	assign RoundUpM = (NormM + 1) ;								// The sum, rounded up by 1
	assign RoundM = (RoundUp ? RoundUpM[`MANTISSA-1:0] : NormM) ; 	// Compute final mantissa	
	assign RoundOF = RoundUp & RoundUpM[`MANTISSA] ; 				// Check for overflow when rounding up

	// Calculate post-rounding exponent
	assign ExpAdd = (RoundOF ? 1'b1 : 1'b0) ; 				// Add 1 to exponent to compensate for overflow
	assign RoundE = ZeroSum ? 5'b00000 : (NormE + ExpAdd) ; 							// Final exponent

	// If zero, need to determine sign according to rounding
	assign FSgn = (ZeroSum & (Sa ^ Sb)) | (ZeroSum ? (Sa & Sb & ~Ctrl) : ((~MaxAB & Sa) | ((Ctrl ^ Sb) & (MaxAB | Sa)))) ;

	// Assign final result
	assign Z = {FSgn, RoundE[`EXPONENT-1:0], RoundM[`MANTISSA-1:0]} ;
	
	// Indicate exponent overflow
	assign EOF = RoundE[`EXPONENT];
	
endmodule
module FPAddSub_NormalizeShift2(
		PSSum,
		CExp,
		Shift,
		NormM,
		NormE,
		ZeroSum,
		NegE,
		R,
		S,
		FG
	);
	
	// Input ports
	input [`DWIDTH:0] PSSum ;					// The Pre-Shift-Sum
	input [`EXPONENT-1:0] CExp ;
	input [4:0] Shift ;					// Amount to be shifted

	// Output ports
	output [`MANTISSA-1:0] NormM ;				// Normalized mantissa
	output [`EXPONENT:0] NormE ;					// Adjusted exponent
	output ZeroSum ;						// Zero flag
	output NegE ;							// Flag indicating negative exponent
	output R ;								// Round bit
	output S ;								// Final sticky bit
	output FG ;

	// Internal signals
	wire MSBShift ;						// Flag indicating that a second shift is needed
	wire [`EXPONENT:0] ExpOF ;					// MSB set in sum indicates overflow
	wire [`EXPONENT:0] ExpOK ;					// MSB not set, no adjustment
	
	// Calculate normalized exponent and mantissa, check for all-zero sum
	assign MSBShift = PSSum[`DWIDTH] ;		// Check MSB in unnormalized sum
	assign ZeroSum = ~|PSSum ;			// Check for all zero sum
	assign ExpOK = CExp - Shift ;		// Adjust exponent for new normalized mantissa
	assign NegE = ExpOK[`EXPONENT] ;			// Check for exponent overflow
	assign ExpOF = CExp - Shift + 1'b1 ;		// If MSB set, add one to exponent(x2)
	assign NormE = MSBShift ? ExpOF : ExpOK ;			// Check for exponent overflow
	assign NormM = PSSum[`DWIDTH-1:`EXPONENT+1] ;		// The new, normalized mantissa
	
	// Also need to compute sticky and round bits for the rounding stage
	assign FG = PSSum[`EXPONENT] ; 
	assign R = PSSum[`EXPONENT-1] ;
	assign S = |PSSum[`EXPONENT-2:0] ;
	
endmodule
module FPAddSub_NormalizeShift1(
		MminP,
		Shift,
		Mmin
	);
	
	// Input ports
	input [`DWIDTH:0] MminP ;						// Smaller mantissa after 16|12|8|4 shift
	input [3:0] Shift ;						// Shift amount
	
	// Output ports
	output [`DWIDTH:0] Mmin ;						// The smaller mantissa
	
	reg	  [`DWIDTH:0]		Lvl2;
	wire    [2*`DWIDTH+1:0]    Stage1;	
	reg	  [`DWIDTH:0]		Lvl3;
	wire    [2*`DWIDTH+1:0]    Stage2;	
	integer           i;               	// Loop variable
	
	assign Stage1 = {MminP, MminP};

	always @(*) begin    					// Rotate {0 | 4 | 8 | 12} bits
	  case (Shift[3:2])
			// Rotate by 0
			2'b00: //Lvl2 <= Stage1[`DWIDTH:0];       		
      begin Lvl2 = Stage1[`DWIDTH:0];  end
			// Rotate by 4
			2'b01: //begin for (i=2*`DWIDTH+1; i>=`DWIDTH+1; i=i-1) begin Lvl2[i-33] <= Stage1[i-4]; end Lvl2[3:0] <= 0; end
      begin Lvl2[`DWIDTH: (`DWIDTH-4)] = Stage1[3:0]; Lvl2[`DWIDTH-4-1:0] = Stage1[`DWIDTH-4]; end
			// Rotate by 8
			2'b10: //begin for (i=2*`DWIDTH+1; i>=`DWIDTH+1; i=i-1) begin Lvl2[i-33] <= Stage1[i-8]; end Lvl2[7:0] <= 0; end
      begin Lvl2[`DWIDTH: (`DWIDTH-8)] = Stage1[3:0]; Lvl2[`DWIDTH-8-1:0] = Stage1[`DWIDTH-8]; end
			// Rotate by 12
			2'b11: //begin for (i=2*`DWIDTH+1; i>=`DWIDTH+1; i=i-1) begin Lvl2[i-33] <= Stage1[i-12]; end Lvl2[11:0] <= 0; end
      begin Lvl2[`DWIDTH: (`DWIDTH-12)] = Stage1[3:0]; Lvl2[`DWIDTH-12-1:0] = Stage1[`DWIDTH-12]; end
	  endcase
	end
	
	assign Stage2 = {Lvl2, Lvl2};

	always @(*) begin   				 		// Rotate {0 | 1 | 2 | 3} bits
	  case (Shift[1:0])
			// Rotate by 0
			2'b00:  //Lvl3 <= Stage2[`DWIDTH:0];
      begin Lvl3 = Stage2[`DWIDTH:0]; end
			// Rotate by 1
			2'b01: //begin for (i=2*`DWIDTH+1; i>=`DWIDTH+1; i=i-1) begin Lvl3[i-`DWIDTH-1] <= Stage2[i-1]; end Lvl3[0] <= 0; end 
      begin Lvl3[`DWIDTH: (`DWIDTH-1)] = Stage2[3:0]; Lvl3[`DWIDTH-1-1:0] = Stage2[`DWIDTH-1]; end
			// Rotate by 2
			2'b10: //begin for (i=2*`DWIDTH+1; i>=`DWIDTH+1; i=i-1) begin Lvl3[i-`DWIDTH-1] <= Stage2[i-2]; end Lvl3[1:0] <= 0; end
      begin Lvl3[`DWIDTH: (`DWIDTH-2)] = Stage2[3:0]; Lvl3[`DWIDTH-2-1:0] = Stage2[`DWIDTH-2]; end
			// Rotate by 3
			2'b11: //begin for (i=2*`DWIDTH+1; i>=`DWIDTH+1; i=i-1) begin Lvl3[i-`DWIDTH-1] <= Stage2[i-3]; end Lvl3[2:0] <= 0; end
      begin Lvl3[`DWIDTH: (`DWIDTH-3)] = Stage2[3:0]; Lvl3[`DWIDTH-3-1:0] = Stage2[`DWIDTH-3]; end
	  endcase
	end
	
	// Assign outputs
	assign Mmin = Lvl3;						// Take out smaller mantissa			
	
endmodule
module FPAddSub_NormalizeModule(
		Sum,
		Mmin,
		Shift
    );

	// Input ports
	input [`DWIDTH:0] Sum ;					// Mantissa sum including hidden 1 and GRS
	
	// Output ports
	output [`DWIDTH:0] Mmin ;					// Mantissa after 16|0 shift
	output [4:0] Shift ;					// Shift amount
	
	// Determine normalization shift amount by finding leading nought
	assign Shift =  ( 
		Sum[16] ? 5'b00000 :	 
		Sum[15] ? 5'b00001 : 
		Sum[14] ? 5'b00010 : 
		Sum[13] ? 5'b00011 : 
		Sum[12] ? 5'b00100 : 
		Sum[11] ? 5'b00101 : 
		Sum[10] ? 5'b00110 : 
		Sum[9] ? 5'b00111 :
		Sum[8] ? 5'b01000 :
		Sum[7] ? 5'b01001 :
		Sum[6] ? 5'b01010 :
		Sum[5] ? 5'b01011 :
		Sum[4] ? 5'b01100 : 5'b01101
	//	Sum[19] ? 5'b01101 :
	//	Sum[18] ? 5'b01110 :
	//	Sum[17] ? 5'b01111 :
	//	Sum[16] ? 5'b10000 :
	//	Sum[15] ? 5'b10001 :
	//	Sum[14] ? 5'b10010 :
	//	Sum[13] ? 5'b10011 :
	//	Sum[12] ? 5'b10100 :
	//	Sum[11] ? 5'b10101 :
	//	Sum[10] ? 5'b10110 :
	//	Sum[9] ? 5'b10111 :
	//	Sum[8] ? 5'b11000 :
	//	Sum[7] ? 5'b11001 : 5'b11010
	);
	
	reg	  [`DWIDTH:0]		Lvl1;
	
	always @(*) begin
		// Rotate by 16?
		Lvl1 <= Shift[4] ? {Sum[8:0], 8'b00000000} : Sum; 
	end
	
	// Assign outputs
	assign Mmin = Lvl1;						// Take out smaller mantissa

endmodule
module FPAddSub_ExecutionModule(
		Mmax,
		Mmin,
		Sa,
		Sb,
		MaxAB,
		OpMode,
		Sum,
		PSgn,
		Opr
    );

	// Input ports
	input [`MANTISSA-1:0] Mmax ;					// The larger mantissa
	input [`MANTISSA:0] Mmin ;					// The smaller mantissa
	input Sa ;								// Sign bit of larger number
	input Sb ;								// Sign bit of smaller number
	input MaxAB ;							// Indicates the larger number (0/A, 1/B)
	input OpMode ;							// Operation to be performed (0/Add, 1/Sub)
	
	// Output ports
	output [`DWIDTH:0] Sum ;					// The result of the operation
	output PSgn ;							// The sign for the result
	output Opr ;							// The effective (performed) operation

	assign Opr = (OpMode^Sa^Sb); 		// Resolve sign to determine operation

	// Perform effective operation
	assign Sum = (OpMode^Sa^Sb) ? ({1'b1, Mmax, 5'b00000} - {Mmin, 5'b00000}) : ({1'b1, Mmax, 5'b00000} + {Mmin, 5'b00000}) ;
	
	// Assign result sign
	assign PSgn = (MaxAB ? Sb : Sa) ;

endmodule
module FPAddSub_AlignShift2(
		MminP,
		Shift,
		Mmin
	);
	
	// Input ports
	input [`MANTISSA:0] MminP ;						// Smaller mantissa after 16|12|8|4 shift
	input [1:0] Shift ;						// Shift amount
	
	// Output ports
	output [`MANTISSA:0] Mmin ;						// The smaller mantissa
	
	// Internal Signal
	reg	  [`MANTISSA:0]		Lvl3;
	wire    [2*`MANTISSA+1:0]    Stage2;	
	integer           j;               // Loop variable
	
	assign Stage2 = {11'b0, MminP};

	always @(*) begin    // Rotate {0 | 1 | 2 | 3} bits
	  case (Shift[1:0])
			// Rotate by 0
			2'b00:  Lvl3 <= Stage2[`MANTISSA:0];   
			// Rotate by 1
			2'b01:  begin for (j=0; j<=`MANTISSA; j=j+1)  begin Lvl3[j] <= Stage2[j+1]; end /*Lvl3[`MANTISSA] <= 0; */end 
			// Rotate by 2
			2'b10:  begin for (j=0; j<=`MANTISSA; j=j+1)  begin Lvl3[j] <= Stage2[j+2]; end /*Lvl3[`MANTISSA:`MANTISSA-1] <= 0;*/ end 
			// Rotate by 3
			2'b11:  begin for (j=0; j<=`MANTISSA; j=j+1)  begin Lvl3[j] <= Stage2[j+3]; end /*Lvl3[`MANTISSA:`MANTISSA-2] <= 0;*/ end 	  
	  endcase
	end
	
	// Assign output
	assign Mmin = Lvl3;						// Take out smaller mantissa				

endmodule
module FPAddSub_AlignShift1(
		MminP,
		Shift,
		Mmin
	);
	
	// Input ports
	input [`MANTISSA-1:0] MminP ;						// Smaller mantissa after 16|12|8|4 shift
	input [2:0] Shift ;						// Shift amount
	
	// Output ports
	output [`MANTISSA:0] Mmin ;						// The smaller mantissa
	
	// Internal signals
	reg	  [`MANTISSA:0]		Lvl1;
	reg	  [`MANTISSA:0]		Lvl2;
	wire    [2*`MANTISSA+1:0]    Stage1;	
	integer           i;                // Loop variable
	
	always @(*) begin						
		// Rotate by 16?
		//Lvl1 <= Shift[2] ? {17'b00000000000000001, MminP[22:16]} : {1'b1, MminP}; 
		Lvl1 <= Shift[2] ? {11'b0000000000} : {1'b1, MminP}; 
		
	end
	
	assign Stage1 = { 11'b0, Lvl1};
	
	always @(*) begin    					// Rotate {0 | 4 | 8 | 12} bits
	  case (Shift[1:0])
			// Rotate by 0	
			2'b00:  Lvl2 <= Stage1[`MANTISSA:0];       			
			// Rotate by 4	
			2'b01:  begin for (i=0; i<=`MANTISSA; i=i+1) begin Lvl2[i] <= Stage1[i+4]; end /*Lvl2[`MANTISSA:`MANTISSA-3] <= 0;*/ end
			// Rotate by 8
			2'b10:  begin for (i=0; i<=`MANTISSA; i=i+1) begin Lvl2[i] <= Stage1[i+8]; end /*Lvl2[`MANTISSA:`MANTISSA-7] <= 0;*/ end
			// Rotate by 12	
			2'b11: Lvl2[`MANTISSA: 0] <= 0; 
			//2'b11:  begin for (i=0; i<=`MANTISSA; i=i+1) begin Lvl2[i] <= Stage1[i+12]; end Lvl2[`MANTISSA:`MANTISSA-12] <= 0; end
	  endcase
	end
	
	// Assign output to next shift stage
	assign Mmin = Lvl2;
	
endmodule
module FPAddSub_AlignModule (
		A,
		B,
		ShiftDet,
		CExp,
		MaxAB,
		Shift,
		Mmin,
		Mmax
	);
	
	// Input ports
	input [`DWIDTH-2:0] A ;								// Input A, a 32-bit floating point number
	input [`DWIDTH-2:0] B ;								// Input B, a 32-bit floating point number
	input [9:0] ShiftDet ;
	
	// Output ports
	output [`EXPONENT-1:0] CExp ;							// Common Exponent
	output MaxAB ;									// Incidates larger of A and B (0/A, 1/B)
	output [4:0] Shift ;							// Number of steps to smaller mantissa shift right
	output [`MANTISSA-1:0] Mmin ;							// Smaller mantissa 
	output [`MANTISSA-1:0] Mmax ;							// Larger mantissa
	
	// Internal signals
	//wire BOF ;										// Check for shifting overflow if B is larger
	//wire AOF ;										// Check for shifting overflow if A is larger
	
	assign MaxAB = (A[`DWIDTH-2:0] < B[`DWIDTH-2:0]) ;	
	//assign BOF = ShiftDet[9:5] < 25 ;		// Cannot shift more than 25 bits
	//assign AOF = ShiftDet[4:0] < 25 ;		// Cannot shift more than 25 bits
	
	// Determine final shift value
	//assign Shift = MaxAB ? (BOF ? ShiftDet[9:5] : 5'b11001) : (AOF ? ShiftDet[4:0] : 5'b11001) ;
	
	assign Shift = MaxAB ? ShiftDet[9:5] : ShiftDet[4:0] ;
	
	// Take out smaller mantissa and append shift space
	assign Mmin = MaxAB ? A[`MANTISSA-1:0] : B[`MANTISSA-1:0] ; 
	
	// Take out larger mantissa	
	assign Mmax = MaxAB ? B[`MANTISSA-1:0]: A[`MANTISSA-1:0] ;	
	
	// Common exponent
	assign CExp = (MaxAB ? B[`MANTISSA+`EXPONENT-1:`MANTISSA] : A[`MANTISSA+`EXPONENT-1:`MANTISSA]) ;		
	
endmodule
module FPAddSub_PrealignModule(
		A,
		B,
		operation,
		Sa,
		Sb,
		ShiftDet,
		InputExc,
		Aout,
		Bout,
		Opout
	);
	
	// Input ports
	input [`DWIDTH-1:0] A ;										// Input A, a 32-bit floating point number
	input [`DWIDTH-1:0] B ;										// Input B, a 32-bit floating point number
	input operation ;
	
	// Output ports
	output Sa ;												// A's sign
	output Sb ;												// B's sign
	output [9:0] ShiftDet ;
	output [4:0] InputExc ;								// Input numbers are exceptions
	output [`DWIDTH-2:0] Aout ;
	output [`DWIDTH-2:0] Bout ;
	output Opout ;
	
	// Internal signals									// If signal is high...
	wire ANaN ;												// A is a NaN (Not-a-Number)
	wire BNaN ;												// B is a NaN
	wire AInf ;												// A is infinity
	wire BInf ;												// B is infinity
	wire [`EXPONENT-1:0] DAB ;										// ExpA - ExpB					
	wire [`EXPONENT-1:0] DBA ;										// ExpB - ExpA	
	
	assign ANaN = &(A[`DWIDTH-2:`DWIDTH-1-`EXPONENT]) & |(A[`MANTISSA-1:0]) ;		// All one exponent and not all zero mantissa - NaN
	assign BNaN = &(B[`DWIDTH-2:`DWIDTH-1-`EXPONENT]) & |(B[`MANTISSA-1:0]);		// All one exponent and not all zero mantissa - NaN
	assign AInf = &(A[`DWIDTH-2:`DWIDTH-1-`EXPONENT]) & ~|(A[`MANTISSA-1:0]) ;	// All one exponent and all zero mantissa - Infinity
	assign BInf = &(B[`DWIDTH-2:`DWIDTH-1-`EXPONENT]) & ~|(B[`MANTISSA-1:0]) ;	// All one exponent and all zero mantissa - Infinity
	
	// Put all flags into exception vector
	assign InputExc = {(ANaN | BNaN | AInf | BInf), ANaN, BNaN, AInf, BInf} ;
	
	//assign DAB = (A[30:23] - B[30:23]) ;
	//assign DBA = (B[30:23] - A[30:23]) ;
	assign DAB = (A[`DWIDTH-2:`MANTISSA] + ~(B[`DWIDTH-2:`MANTISSA]) + 1) ;
	assign DBA = (B[`DWIDTH-2:`MANTISSA] + ~(A[`DWIDTH-2:`MANTISSA]) + 1) ;
	
	assign Sa = A[`DWIDTH-1] ;									// A's sign bit
	assign Sb = B[`DWIDTH-1] ;									// B's sign	bit
	assign ShiftDet = {DBA[4:0], DAB[4:0]} ;		// Shift data
	assign Opout = operation ;
	assign Aout = A[`DWIDTH-2:0] ;
	assign Bout = B[`DWIDTH-2:0] ;
	
endmodule